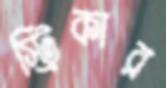
স্ট্রিকার